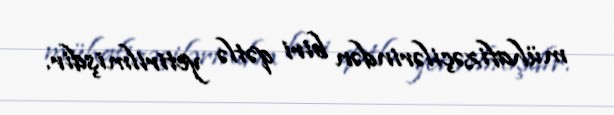
mühafizəçilərindən biri qətlə yetirilmişdir.